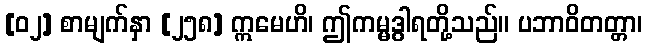
[၀၂] စာမျက်နှာ [၂၅၈] ဣမေဟိ၊ ဤကမ္မဒွါရတို့သည်။ ပဘာဝိတတ္တာ၊